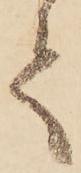
て